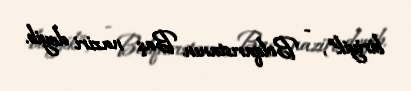
biriyik”, - Bolqarıstanın Baş naziri deyib.